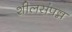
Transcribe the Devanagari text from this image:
शीलसंपन्न